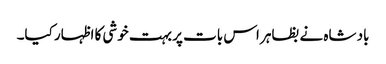
باد شاہ نے بظاہر اس بات پر بہت خوشی کا اظہار کیا۔